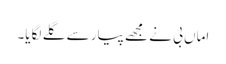
اماں بی نے مجھے پیار سے گلے لگایا۔